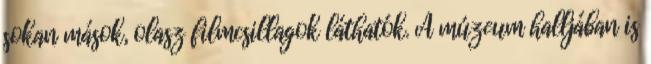
sokan mások, olasz filmcsillagok láthatók. A múzeum halljában is